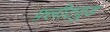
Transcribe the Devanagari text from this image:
फ़्लीटवुड